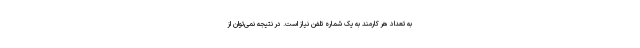
به تعداد هر کارمند به یک شماره تلفن نیاز است. در نتیجه نمی‌توان از